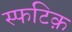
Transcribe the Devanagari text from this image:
स्फटिक़